Problem: 96 + 33 = ?
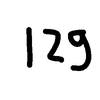
Handwritten answer: 129